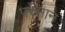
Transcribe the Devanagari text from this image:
परेसान